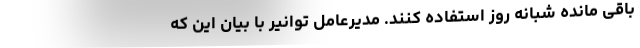
باقی مانده شبانه روز استفاده کنند. مدیرعامل توانیر با بیان این که